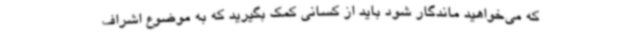
که می‌خواهید ماندگار شود باید از کسانی کمک بگیرید که به موضوع اشراف